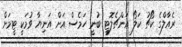
ރެއާލްގެ ކޯޗު ކަލޯ އަންޗެލޮޓީ ބުނީ ހަމެސް އަށް އަނިޔާ ވުމަކީ ޓީމަށް